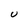
Character: U